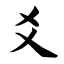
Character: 爻